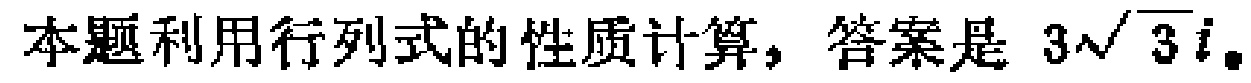
本题利用行列式的性质计算，答案是 \(3\sqrt{3}i\)。